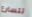
تتسارع